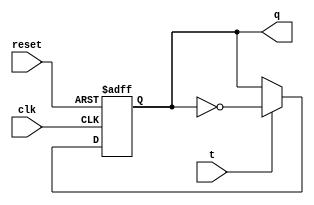
module t_flip_flop (
    input wire clk,   // Clock input
    input wire reset, // Asynchronous reset input
    input wire t,     // Toggle input
    output reg q      // Output Q
);

// State memory
reg q1;

// Sequential logic
always @ (posedge clk or posedge reset) begin
    if (reset) begin
        q1 <= 1'b0;  // Reset Q to low
    end else begin
        if (t) begin
            q1 <= ~q1;  // Toggle Q on T input assertion
        end
    end
end

// Output declaration
assign q = q1;

endmodule